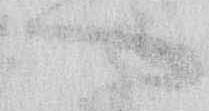
へ